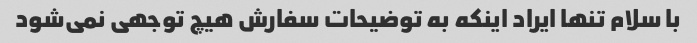
با سلام تنها ایراد اینکه به توضیحات سفارش هیچ توجهی نمی‌شود